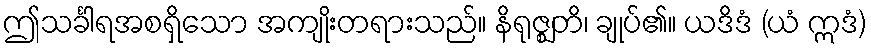
ဤသင်္ခါရအစရှိသော အကျိုးတရားသည်။ နိရုဇ္ဈတိ၊ ချုပ်၏။ ယဒိဒံ (ယံ ဣဒံ)